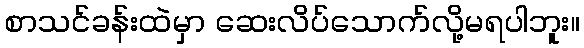
စာသင်ခန်းထဲမှာ ဆေးလိပ်သောက်လို့မရပါဘူး။